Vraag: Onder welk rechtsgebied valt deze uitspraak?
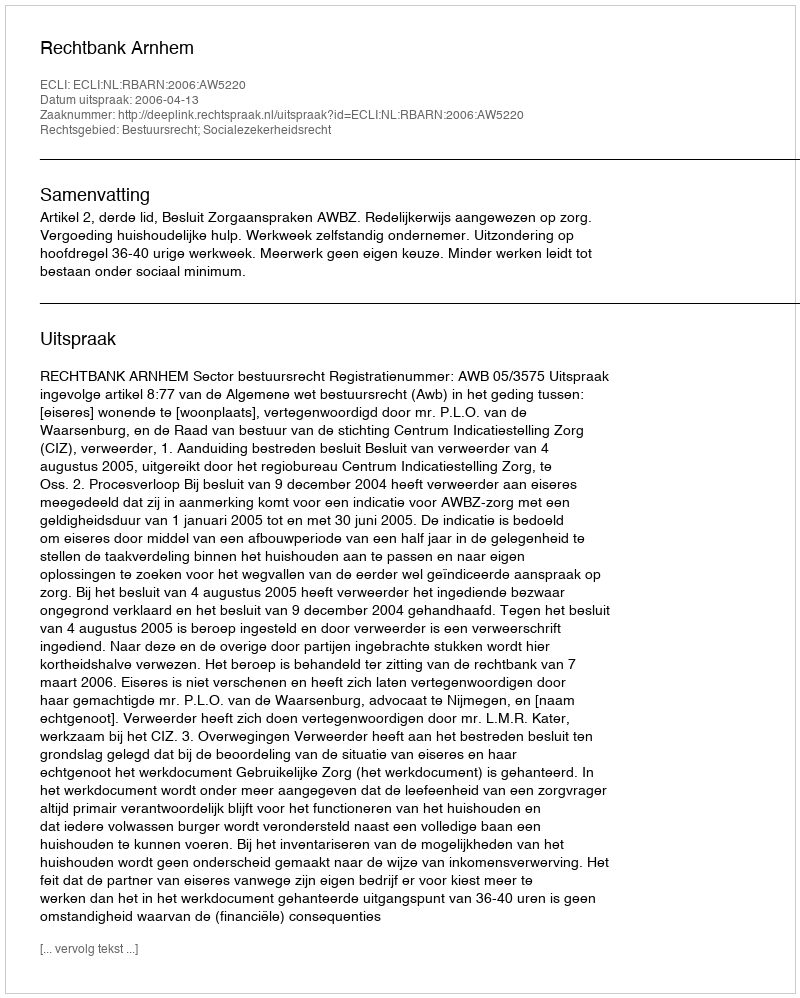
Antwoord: Bestuursrecht; Socialezekerheidsrecht